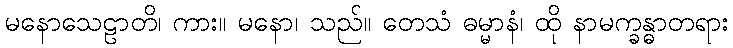
မနောသေဠာတိ၊ ကား။ မနော၊ သည်။ တေသံ ဓမ္မာနံ၊ ထို နာမက္ခန္ဓာတရား